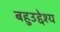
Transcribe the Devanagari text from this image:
बहुउद्देश्य